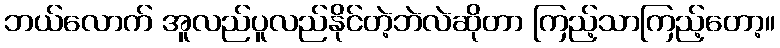
ဘယ်လောက် အူလည်ပူလည်နိုင်တဲ့ဘဲလဲဆိုတာ ကြည့်သာကြည့်တော့။